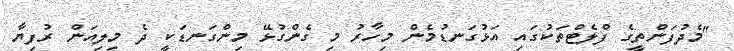
"މެދުފަންތީގެ ފްލެޓްތަކުގައި އަޅުގަނޑުމެން މިހާރު މި ގެންގުޅޭ މިންގަނޑަކީ ދެ މިލިއަން ރުފިޔާ